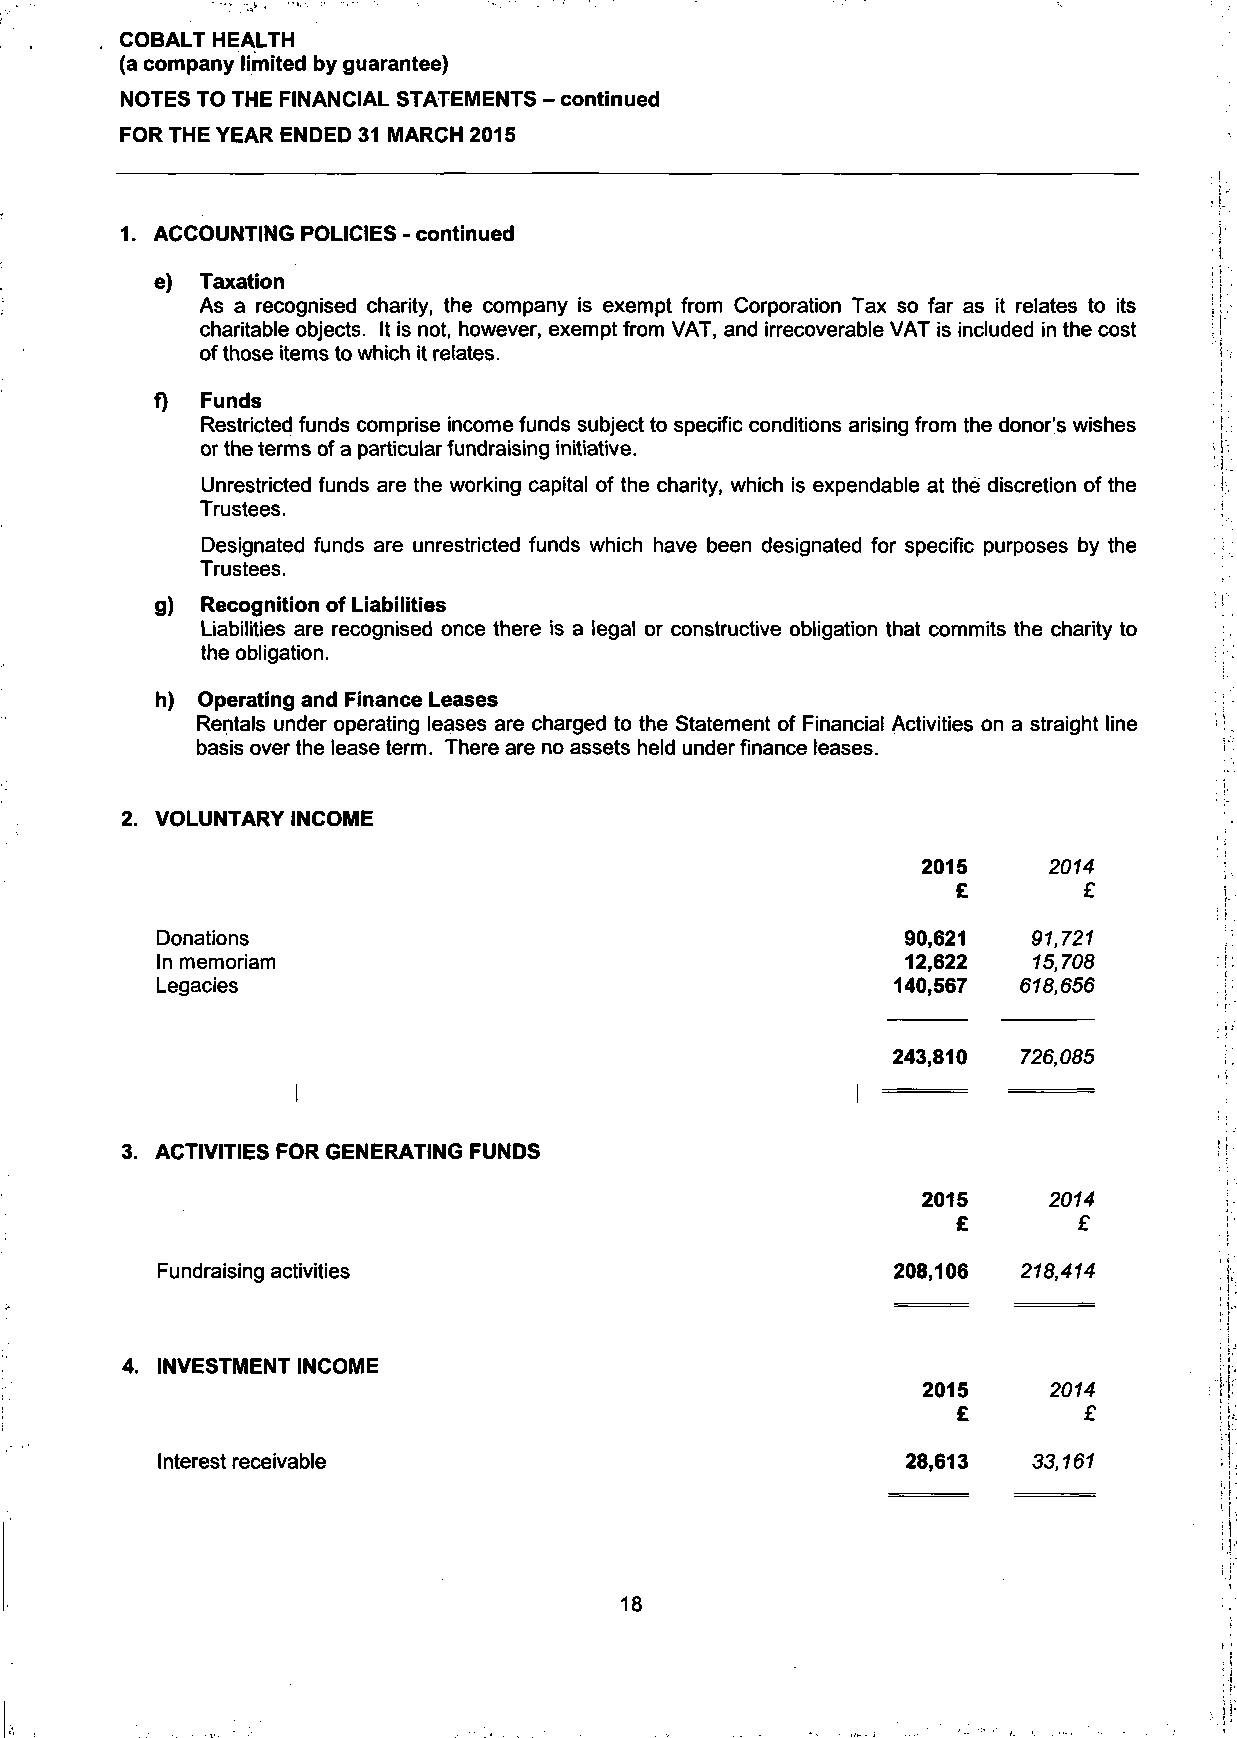
COBALT HEALTH
 (a company limited by guarantee)
 NOTES TO THE FINANCIAL STATEMENTS - continued
 FOR THE YEAR ENDED 31 MARCH 2015
 1. ACCOUNTING POLICIES - continued
 e) Taxation
 As a recognised charity, the company is exempt from Corporation Tax so far as it relates to its
 charitable objects. It is not, however, exempt from VAT, and irrecoverable VAT is included in the cost
 of those items to which it relates.
 f) Funds
 Restricted funds comprise income funds subject to specific conditions arising from the donor's wishes
 or the terms of a particular fundraising initiative.
 Unrestricted funds are the working capital of the charity, which is expendable at the discretion of the
 Trustees.
 Designated funds are unrestricted funds which have been designated for specific purposes by the
 Trustees.
 g) Recognition of Liabilities
 Liabilities are recognised once there is a legal or constructive obligation that commits the charity to
 the obligation.
 h) Operating and Finance Leases
 Rentals under operating leases are charged to the Statement of Financial Activities on a straight line
 basis over the lease term. There are no assets held under finance leases.
 2. VOLUNTARY INCOME
 2015    2014
 £        £
 Donations                                         90,621  97,727
 In memoriam                                       12,622  15,708
 Legacies                                         140,567 618,656
 243,810 726,085
 3. ACTIVITIES FOR GENERATING FUNDS
 2015    2014
 £       £
 Fundraising activities                           208,106  218,414
 4. INVESTMENT INCOME
 2015    2014
 £        £
 Interest receivable                               28,613  33,161
 18